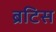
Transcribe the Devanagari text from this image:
ब्रटिस